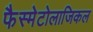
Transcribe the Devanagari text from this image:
फैस्मेटोलाजिकल